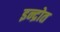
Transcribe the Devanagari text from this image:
इन्द्रोत